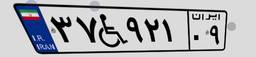
۱۱W۴۶۳۷۸